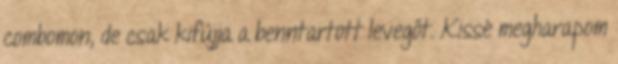
combomon, de csak kifújja a benntartott levegőt. Kissé megharapom